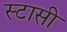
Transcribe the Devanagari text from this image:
स्टासी